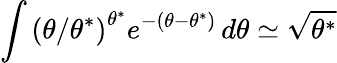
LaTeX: \int\left(\theta/\theta^{*}\right)^{\theta^{*}}e^{-\left(\theta-\theta^{*}\right)}\, d\theta\simeq\sqrt{\theta^{*}}